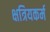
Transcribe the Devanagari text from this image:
क्षत्रियकर्म